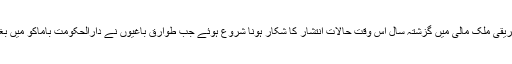
مغربی افریقی ملک مالی میں گزشتہ سال اس وقت حالات انتشار کا شکار ہونا شروع ہوئے جب طوارق باغیوں نے دارالحکومت باماکو میں بغاوت کی۔